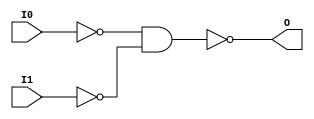
// $Header: /devl/xcs/repo/env/Databases/CAEInterfaces/verunilibs/s/NAND2B2.v,v 1.8 2003/01/21 01:55:29 wloo Exp $

/*

FUNCTION	: 2-INPUT NAND GATE

*/

`timescale  100 ps / 10 ps


module NAND2B2 (O, I0, I1);

    output O;

    input  I0, I1;

    not N1 (i1_inv, I1);
    not N0 (i0_inv, I0);
    nand A1 (O, i0_inv, i1_inv);

    specify
	(I0 *> O) = (0, 0);
	(I1 *> O) = (0, 0);
    endspecify

endmodule